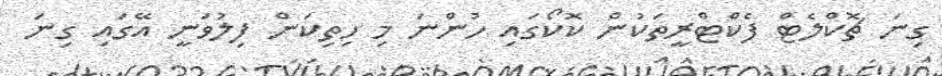
ގިނަ ޗޮކްލެޓް ފެކްޓްރީތަކުން ކޮކޯގައި ހުންނަ މި ހިތިކަން ފިލުވަނީ އޭގައި ގިނަ